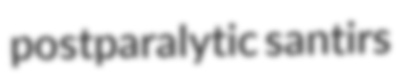
postparalytic santirs